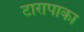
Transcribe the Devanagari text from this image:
टारापाका